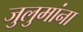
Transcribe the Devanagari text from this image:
जुलुमांना